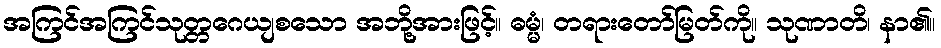
အကြင်အကြင်သုတ္တဂေယျစသော အဘို့အားဖြင့်။ ဓမ္မံ၊ တရားတော်မြတ်ကို။ သုဏာတိ၊ နာ၏။